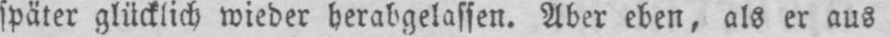
später glücklich wieder herabgelassen. Aber eben, als er aus